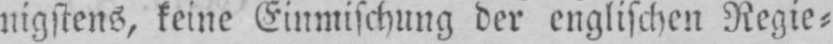
nigstens, keine Einmischung der englischen Regie⸗